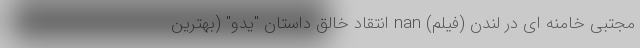
مجتبی خامنه ای در لندن (فیلم) nan انتقاد خالق داستان "یدو" (بهترین